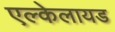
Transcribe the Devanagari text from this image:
एल्केलायड